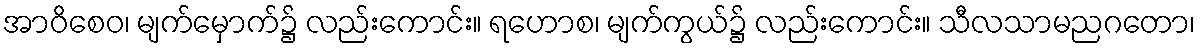
အာဝိစေဝ၊ မျက်မှောက်၌ လည်းကောင်း။ ရဟောစ၊ မျက်ကွယ်၌ လည်းကောင်း။ သီလသာမညဂတော၊